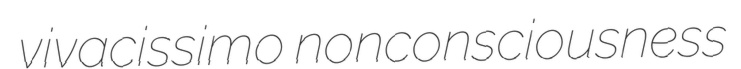
vivacissimo nonconsciousness